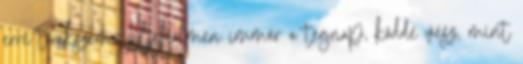
erre törekszem. Liljeholmen immár a tegnap, köddé vész, mint